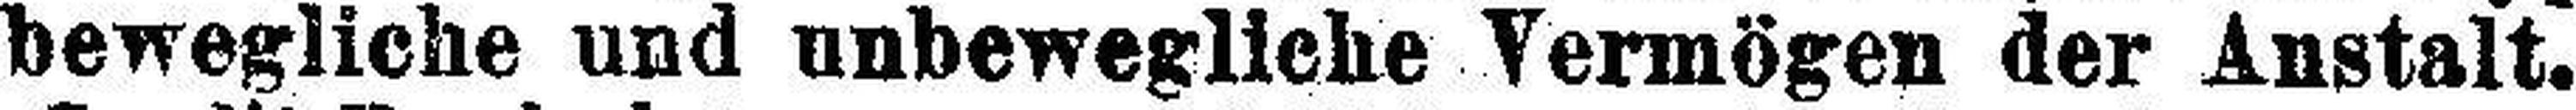
bewegliche und unbewegliche Vermögen der Anstalt.